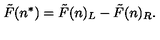
\tilde { F } ( n ^ { * } ) = \tilde { F } ( n ) _ { L } - \tilde { F } ( n ) _ { R } .